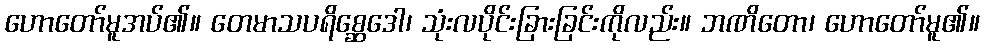
ဟောတော်မူအပ်၏။ တေမာသပရိစ္ဆေဒေါ၊ သုံးလပိုင်းခြားခြင်းကိုလည်း။ ဘဏိတော၊ ဟောတော်မူ၏။